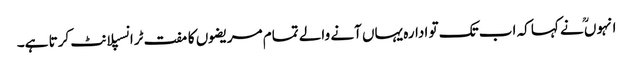
انہوںؒ نے کہا کہ اب تک تو ادارہ یہاں آنے والے تمام مریضوں کا مفت ٹرانسپلانٹ کرتا ہے۔